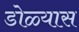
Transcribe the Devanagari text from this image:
डोळ्यास